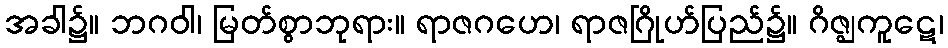
အခါ၌။ ဘဂဝါ၊ မြတ်စွာဘုရား။ ရာဇဂဟေ၊ ရာဇဂြိုဟ်ပြည်၌။ ဂိဇ္ဈကူဋေ၊